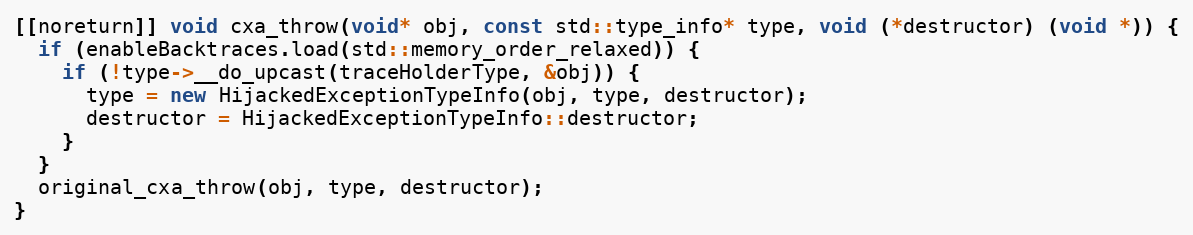
Language: C++
[[noreturn]] void cxa_throw(void* obj, const std::type_info* type, void (*destructor) (void *)) {
  if (enableBacktraces.load(std::memory_order_relaxed)) {
    if (!type->__do_upcast(traceHolderType, &obj)) {
      type = new HijackedExceptionTypeInfo(obj, type, destructor);
      destructor = HijackedExceptionTypeInfo::destructor;
    }
  }
  original_cxa_throw(obj, type, destructor);
}